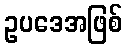
ဥပဒေအဖြစ်